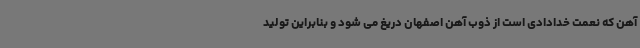
آهن که نعمت خدادادی است از ذوب آهن اصفهان دریغ می شود و بنابراین تولید